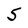
Character: 5